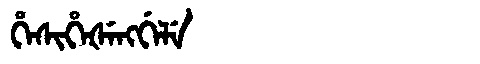
Manchu: ᡥᡝᠰᡳᡥᡝᡧᡝᠩᡤᡝᠯᡝ
Romanization: HESIHEŠENGGELE